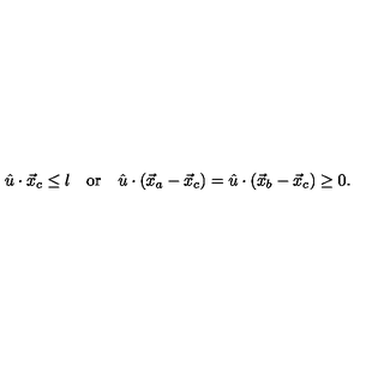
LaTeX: \begin{array} { c c c } { \hat { u } \cdot \vec { x } _ { c } \leq l } & { \mathrm { o r } } & { \hat { u } \cdot ( \vec { x } _ { a } - \vec { x } _ { c } ) = \hat { u } \cdot ( \vec { x } _ { b } - \vec { x } _ { c } ) \geq 0 . } \\ \end{array}